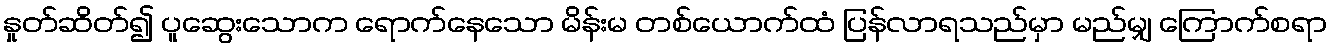
နှုတ်ဆိတ်၍ ပူဆွေးသောက ရောက်နေသော မိန်းမ တစ်ယောက်ထံ ပြန်လာရသည်မှာ မည်မျှ ကြောက်စရာ